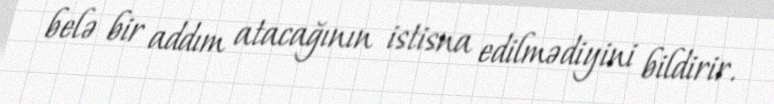
belə bir addım atacağının istisna edilmədiyini bildirir.